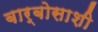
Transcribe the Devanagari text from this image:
बार्बोसाशी